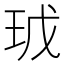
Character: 𭸿